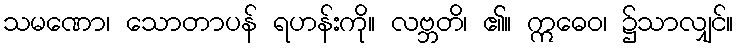
သမဏော၊ သောတာပန် ရဟန်းကို။ လဗ္ဘတိ၊ ၏။ ဣဓေဝ၊ ၌သာလျှင်။